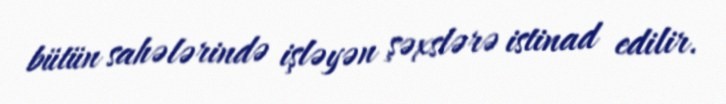
bütün sahələrində işləyən şəxslərə istinad edilir.